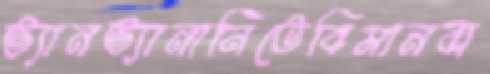
ভ্যানভ্যানানিতেবিমানবা